Lunatic asylums Bombay report 1878-1890 - 1878-1890
Year: 1878
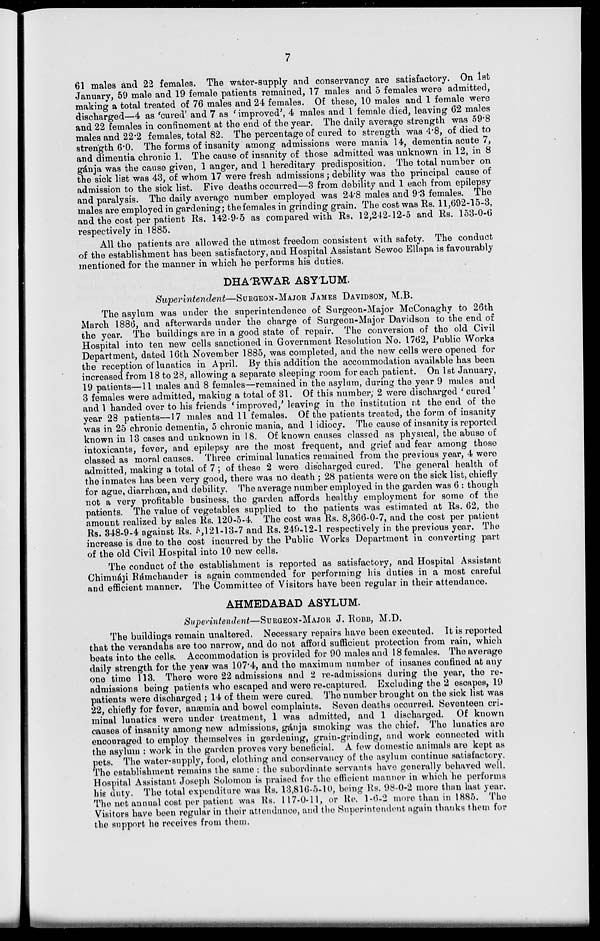
7
61 males and 22 females. The water-supply and conservancy are satisfactory. On 1st
January, 59 male and 19 female patients remained, 17 males and 5 females were admitted,
making a total treated of 76 males and 24 females. Of these, 10 males and 1 female were
discharged—4 as 'cured' and 7 as ' improved', 4 males and 1 female died, leaving 62 males
and 22 females in confinement at the end of the year. The daily average strength was 59.8
males and 22.2 females, total 82. The percentage of cured to strength was 4.8, of died to
strength 6.0. The forms of insanity among admissions were mania 14, dementia acute 7,
and dimentia chronic 1. The cause of insanity of those admitted was unknown in 12, in 8
gánja was the cause given, 1 anger, and 1 hereditary predisposition. The total number on
the sick list was 43, of whom 17 were fresh admissions; debility was the principal cause of
admission to the sick list. Five deaths occurred—3 from debility and 1 each from epilepsy
and paralysis. The daily average number employed was 24.8 males and 9.3 females. The
males are employed in gardening; the females in grinding grain. The cost was Rs. 11,692-15-3,
and the cost per patient Rs. 142-9-5 as compared with Rs. 12,242-12-5 and Rs. 153-0-6
respectively in 1885.
All the patients are allowed the utmost freedom consistent with safety. The conduct
of the establishment has been satisfactory, and Hospital Assistant Sewoo Ellapa is favourably
mentioned for the manner in which he performs his duties.
DHA'RWAR ASY'LUM.
Superintendent—SURGEON-MAJOR JAMES DAVIDSON, M.B.
The asylum was under the superintendence of Surgeon-Major McConaghy to 26th
March 1886, and afterwards under the charge of Surgeon-Major Davidson to the end of
the year. The buildings are in a good state of repair. The conversion of the old Civil
Hospital into ten new cells sanctioned in Government Resolution No. 1762, Public Works
Department, dated 16th November 1885, was completed, and the new cells were opened for
the reception of lunatics in April. By this addition the accommodation available has been
increased from 18 to 28, allowing a separate sleeping room for each patient. On 1st January,
19 patients—11 males and 8 females—remained in the asylum, during the year 9 males and
3 females were admitted, making a total of 31. Of this number, 2 were discharged ' cured '
and I handed over to his friends ' improved,' leaving in the institution at the end of the
year 28 patients—17 males and 11 females. Of the patients treated, the form of insanity
was in 25 chronic dementia, 5 chronic mania, and 1 idiocy. The cause of insanity is reported
known in 13 cases and unknown in 18. Of known causes classed as physical, the abuse of
intoxicants, fever, and epilepsy are the most frequent, and grief and fear among those
classed as moral causes. Three criminal lunatics remained from the previous year, 4 were
admitted, making a total of 7 ; of these 2 were discharged cured. The general health of
the inmates has been very good, there was no death ; 28 patients were on the sick list, chiefly
for ague, diarrhœa, and debility. The average number employed in the garden was 6 : though
not a very profitable business, the garden affords healthy employment for some of the
patients. The value of vegetables supplied to the patients was estimated at Rs. 62, the
amount realized by sales Rs. 120-5-4. The cost was Rs. 8,366-0-7, and the cost per patient
Rs. 348-9-4 against Rs. 5,121-13-7 and Rs. 249-12-1 respectively in the previous year. The
increase is due to the cost incurred by the Public Works Department in converting part
of the old Civil Hospital into 10 new cells.
The conduct of the establishment is reported as satisfactory, and Hospital Assistant
Chimnáji Rámchander is again commended for performing his duties in a most careful
and efficient manner. The Committee of Visitors have been regular in their attendance.
AHMEDABAD ASYLUM.
Superintendent—SURGEON-MAJOR J. ROBB, M.D.
The buildings remain unaltered. Necessary repairs have been executed. It is reported
that the verandahs are too narrow, and do not afford sufficient protection from rain, which
beats into the cells. Accommodation is provided for 90 males and 18 females. The average
daily strength for the year was 107.4, and the maximum number of insanes confined at any
one time 113. There were 22 admissions and 2 re-admissions during the year, the re-
admissions being patients who escaped and were re-captured. Excluding the 2 escapes, 19
patients were discharged ; 14 of them were cured. The number brought on the sick list was
22, chiefly for fever, anæmia and bowel complaints. Seven deaths occurred. Seventeen cri-
minal lunatics were under treatment, 1 was admitted, and 1 discharged. Of known
causes of insanity among new admissions, gánja smoking was the chief. The lunatics are
encouraged to employ themselves in gardening, grain-grinding, and work connected with
the asylum : work in the garden proves very beneficial. A few domestic animals are kept as
pets. The water-supply, food, clothing and conservancy of the asylum continue satisfactory.
The establishment remains the same : the subordinate servants have generally behaved well.
Hospital Assistant Joseph Solomon is praised for the efficient manner in which he performs
his duty. The total expenditure was Rs. 13,816-5-10, being Rs. 98-0-2 more than last year.
The net annual cost per patient was Rs. 117-0-11, or Re. 1-6-2 more than in 1885. The
Visitors have been regular in their attendance, and the Superintendent again thanks them for
the support he receives from them.